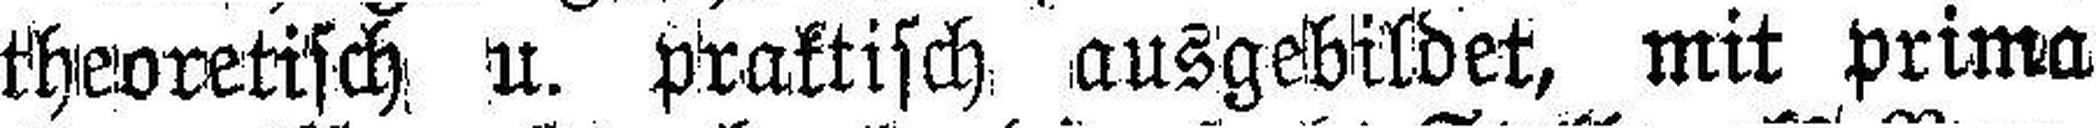
theoretisch u. praktisch ausgebildet, mit prima